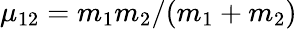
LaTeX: \mu_{12}=m_{1}m_{2}/(m_{1}+m_{2})